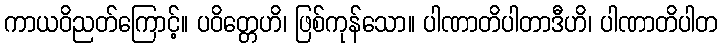
ကာယဝိညတ်ကြောင့်။ ပဝိတ္တေဟိ၊ ဖြစ်ကုန်သော။ ပါဏာတိပါတာဒီဟိ၊ ပါဏာတိပါတ